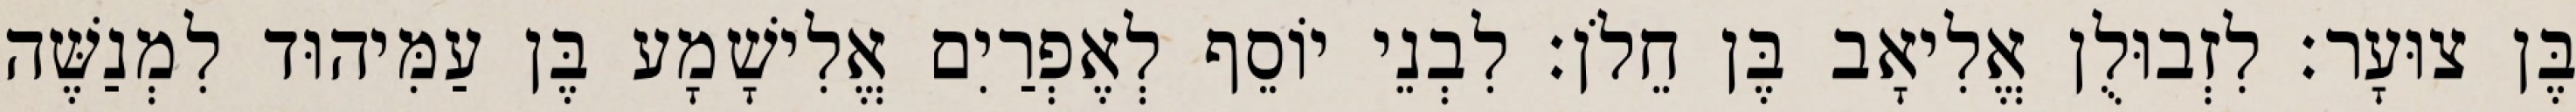
בֶּן צוּעָר׃ לִזְבוּלֻן אֱלִיאָב בֶּן חֵלֹן׃ לִבְנֵי יוֹסֵף לְאֶפְרַיִם אֱלִישָׁמָע בֶּן עַמִּיהוּד לִמְנַשֶּׁה